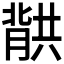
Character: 𮌱